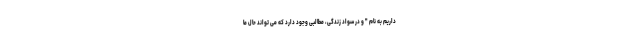
داریم به نام " و در سواد زندگی، مطالبی وجود دارد که می تواند حال ما